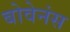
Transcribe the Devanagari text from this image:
बोवेनंस